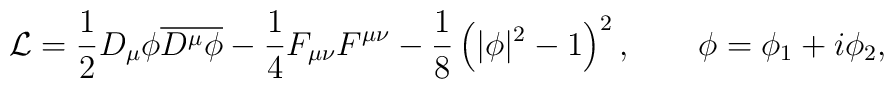
{\cal L}={1\over 2}D_\mu \phi {\overline {D^\mu \phi}}-{1\over 4}F_{\mu\nu}F^{\mu\nu}-{1\over8}\left(|\phi|^2-1\right)^2,\qquad \phi=\phi_1+i\phi_2,